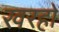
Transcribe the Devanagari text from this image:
खरहों